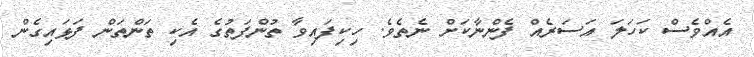
އެއްވެސް ކަހަލަ އަސަރެއް ފެންނާކަށް ނެތެވެ. ހިކިފައިވާ ތުންފަތުގެ އެކި ތަންތަން ފަޅައިގެން